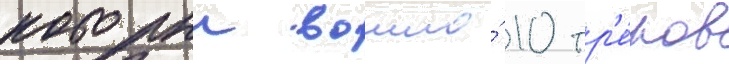
которыи вошло́ 10 тр'е́ков